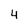
Character: 4